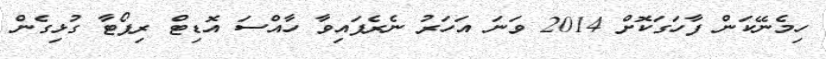
ހިމެނޭކަން ފާހަގަކޮށް 2014 ވަނަ އަހަރު ނެރެފައިވާ ހާއްސަ އޮޑިޓް ރިޕޯޓާ ގުޅިގެން